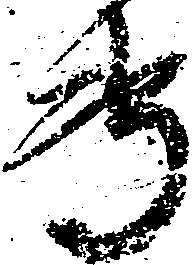
専